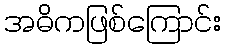
အဓိကဖြစ်ကြောင်း